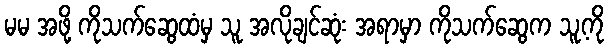
မမ အဖို့ ကိုသက်ဆွေထံမှ သူ အလိုချင်ဆုံး အရာမှာ ကိုသက်ဆွေက သူ့ကို